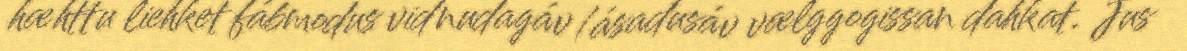
hæhttu liehket fábmodus vidnudagáv/ásadusáv vælggogissan dahkat. Jus